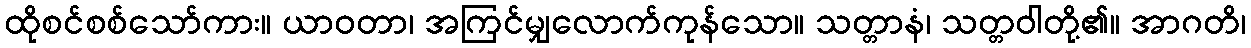
ထိုစင်စစ်သော်ကား။ ယာဝတာ၊ အကြင်မျှလောက်ကုန်သော။ သတ္တာနံ၊ သတ္တဝါတို့၏။ အာဂတိ၊